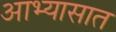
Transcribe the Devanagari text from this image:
आभ्यासात